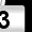
Digit: 3